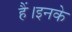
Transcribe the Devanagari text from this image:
हैं।इनके